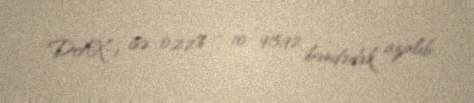
DAX-ı isə 0,22% - 10 915,92 bəndədək azalıb.